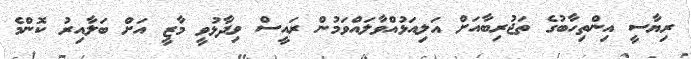
ރިޔާސީ އިންތިހާބުގެ ތަޖުރިބާއަށް އަލިއަޅުއްވާލައްވަމުން ރައީސް ވިދާޅުވީ މާޒީ އަށް ބަލާއިރު ކޮންމެ